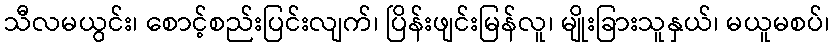
သီလမယွင်း၊ စောင့်စည်းပြင်းလျက်၊ ပြိန်းဖျင်းမြန်လူ၊ မျိုးခြားသူနှယ်၊ မယူမစပ်၊